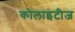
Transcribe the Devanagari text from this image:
कोलाइटीज